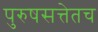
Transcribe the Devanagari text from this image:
पुरुषसत्तेतच